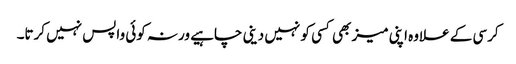
کرسی کے علاوہ اپنی میز بھی کسی کو نہیں دینی چاہیے ورنہ کوئی واپس نہیں کرتا۔